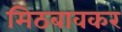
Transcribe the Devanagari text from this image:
मिठबावकर